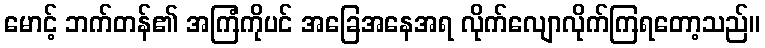
မောင့် ဘက်တန်၏ အကြံကိုပင် အခြေအနေအရ လိုက်လျောလိုက်ကြရတော့သည်။